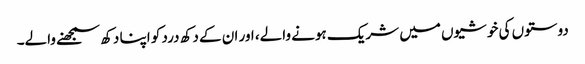
دوستوں کی خوشیوں میں شریک ہونے والے، اور ان کے دکھ درد کو اپنا دکھ سمجھنے والے۔